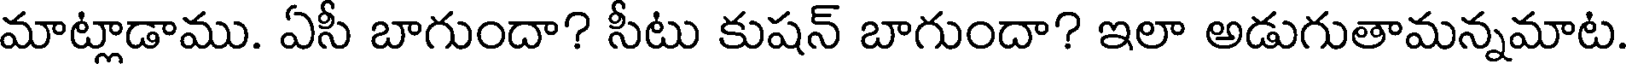
మాట్లాడాము. ఏసీ బాగుందా? సీటు కుషన్ బాగుందా? ఇలా అడుగుతామన్నమాట